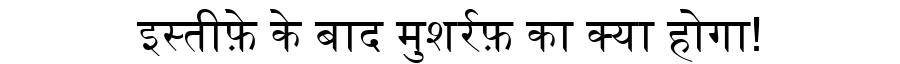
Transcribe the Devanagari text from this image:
इस्तीफ़े के बाद मुशर्रफ़ का क्या होगा!